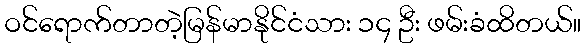
ဝင်ရောက်တာတဲ့မြန်မာနိုင်ငံသား ၁၄ ဦး ဖမ်းခံထိတယ်။